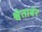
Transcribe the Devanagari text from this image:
श्वेताबंर